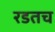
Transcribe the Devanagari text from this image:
रडतच